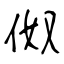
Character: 伮